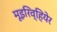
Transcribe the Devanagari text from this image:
मूइरिव्हियेर